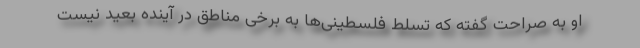
او به صراحت گفته که تسلط فلسطینی‌‌ها به برخی مناطق در آینده بعید نیست